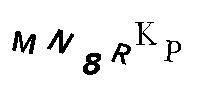
MN8RKP